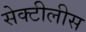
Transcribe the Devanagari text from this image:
सेक्टीलीस